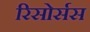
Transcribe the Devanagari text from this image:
रिसोर्सस